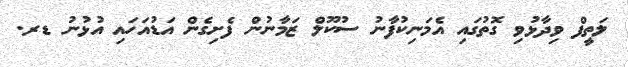
ލަތީފް ވިދާޅުވި ގޮތުގައި އެމަނިކުފާނު ސުކޫލް ޒަމާނުން ފެށިގެން އަޑުއަހައި އުޅުނު ޑރ.